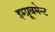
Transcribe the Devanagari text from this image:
इम्प्रूवमेन्ट